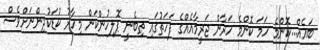
ބައެއް...ކޮންމެ ހަމަ ކޮންމެ ހަރާން ޖަރީމާއެއްގެ ފަހަތުގައި ތިބެނީ ޕޮލިހުންކަން މިހާރު ކުޑަކުދިންނަށްވެސް